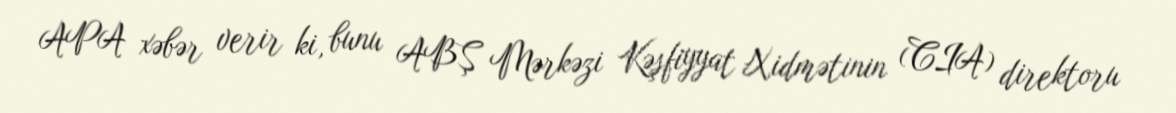
APA xəbər verir ki, bunu ABŞ Mərkəzi Kəşfiyyat Xidmətinin (CIA) direktoru